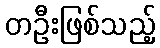
တဦးဖြစ်သည့်